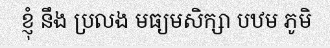
ខ្ញុំ នឹង ប្រលង មធ្យមសិក្សា បឋម ភូមិ